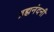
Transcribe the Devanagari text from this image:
ब्रह्मनंदनी